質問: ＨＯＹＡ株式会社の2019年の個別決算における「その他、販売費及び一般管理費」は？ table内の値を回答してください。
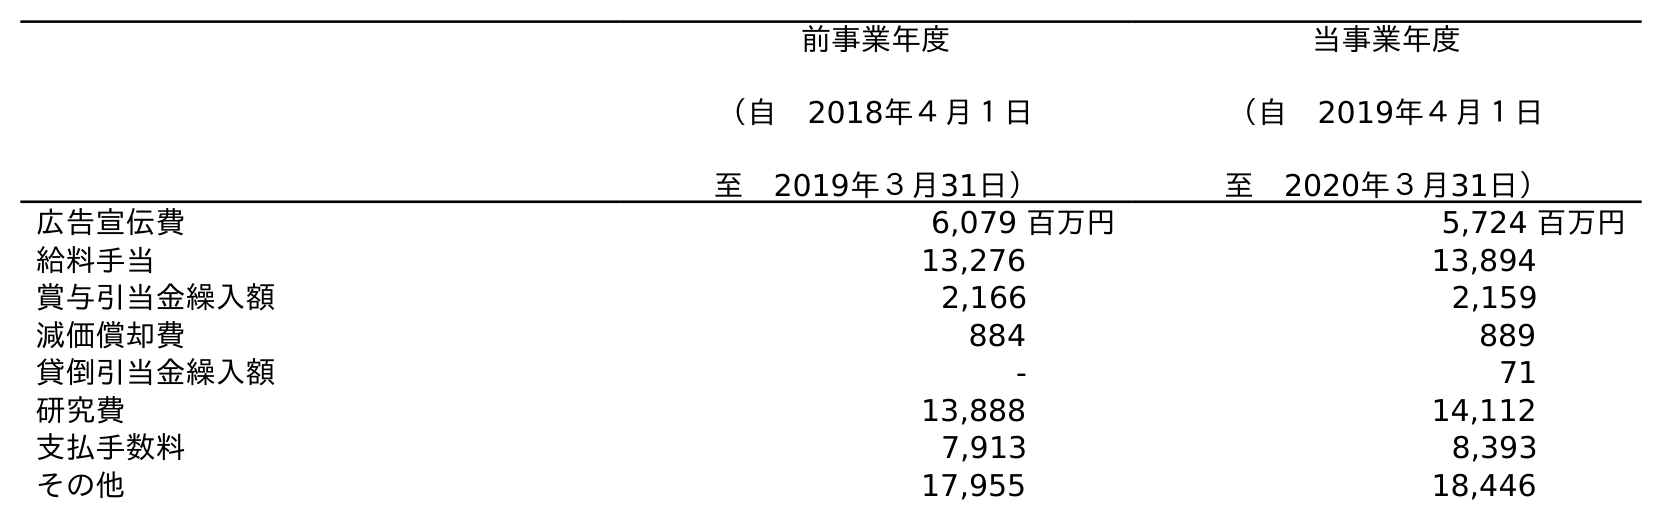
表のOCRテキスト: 前事業年度 （自 2018年４月１日 至 2019年３月31日） 当事業年度 （自 2019年４月１日 至 2020年３月31日） 広告宣伝費 6,079 百万円 5,724 百万円 給料手当 13,276 13,894 賞与引当金繰入額 2,166 2,159 減価償却費 884 889 貸倒引当金繰入額 - 71 研究費 13,888 14,112 支払手数料 7,913 8,393 その他 17,955 18,446
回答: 17,955